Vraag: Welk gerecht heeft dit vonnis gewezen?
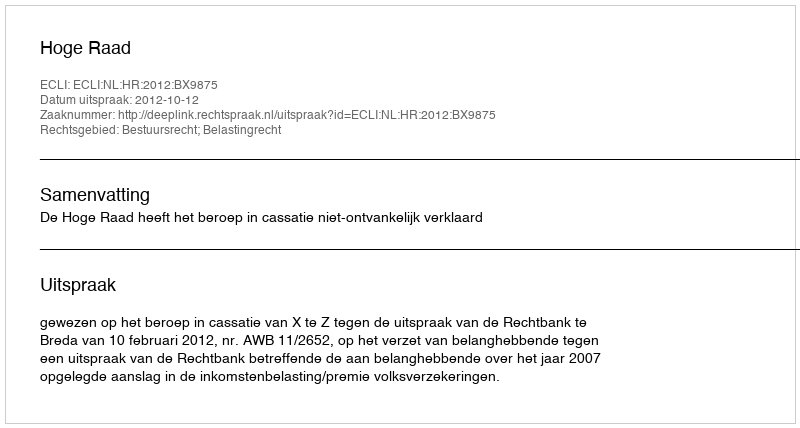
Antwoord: Hoge Raad